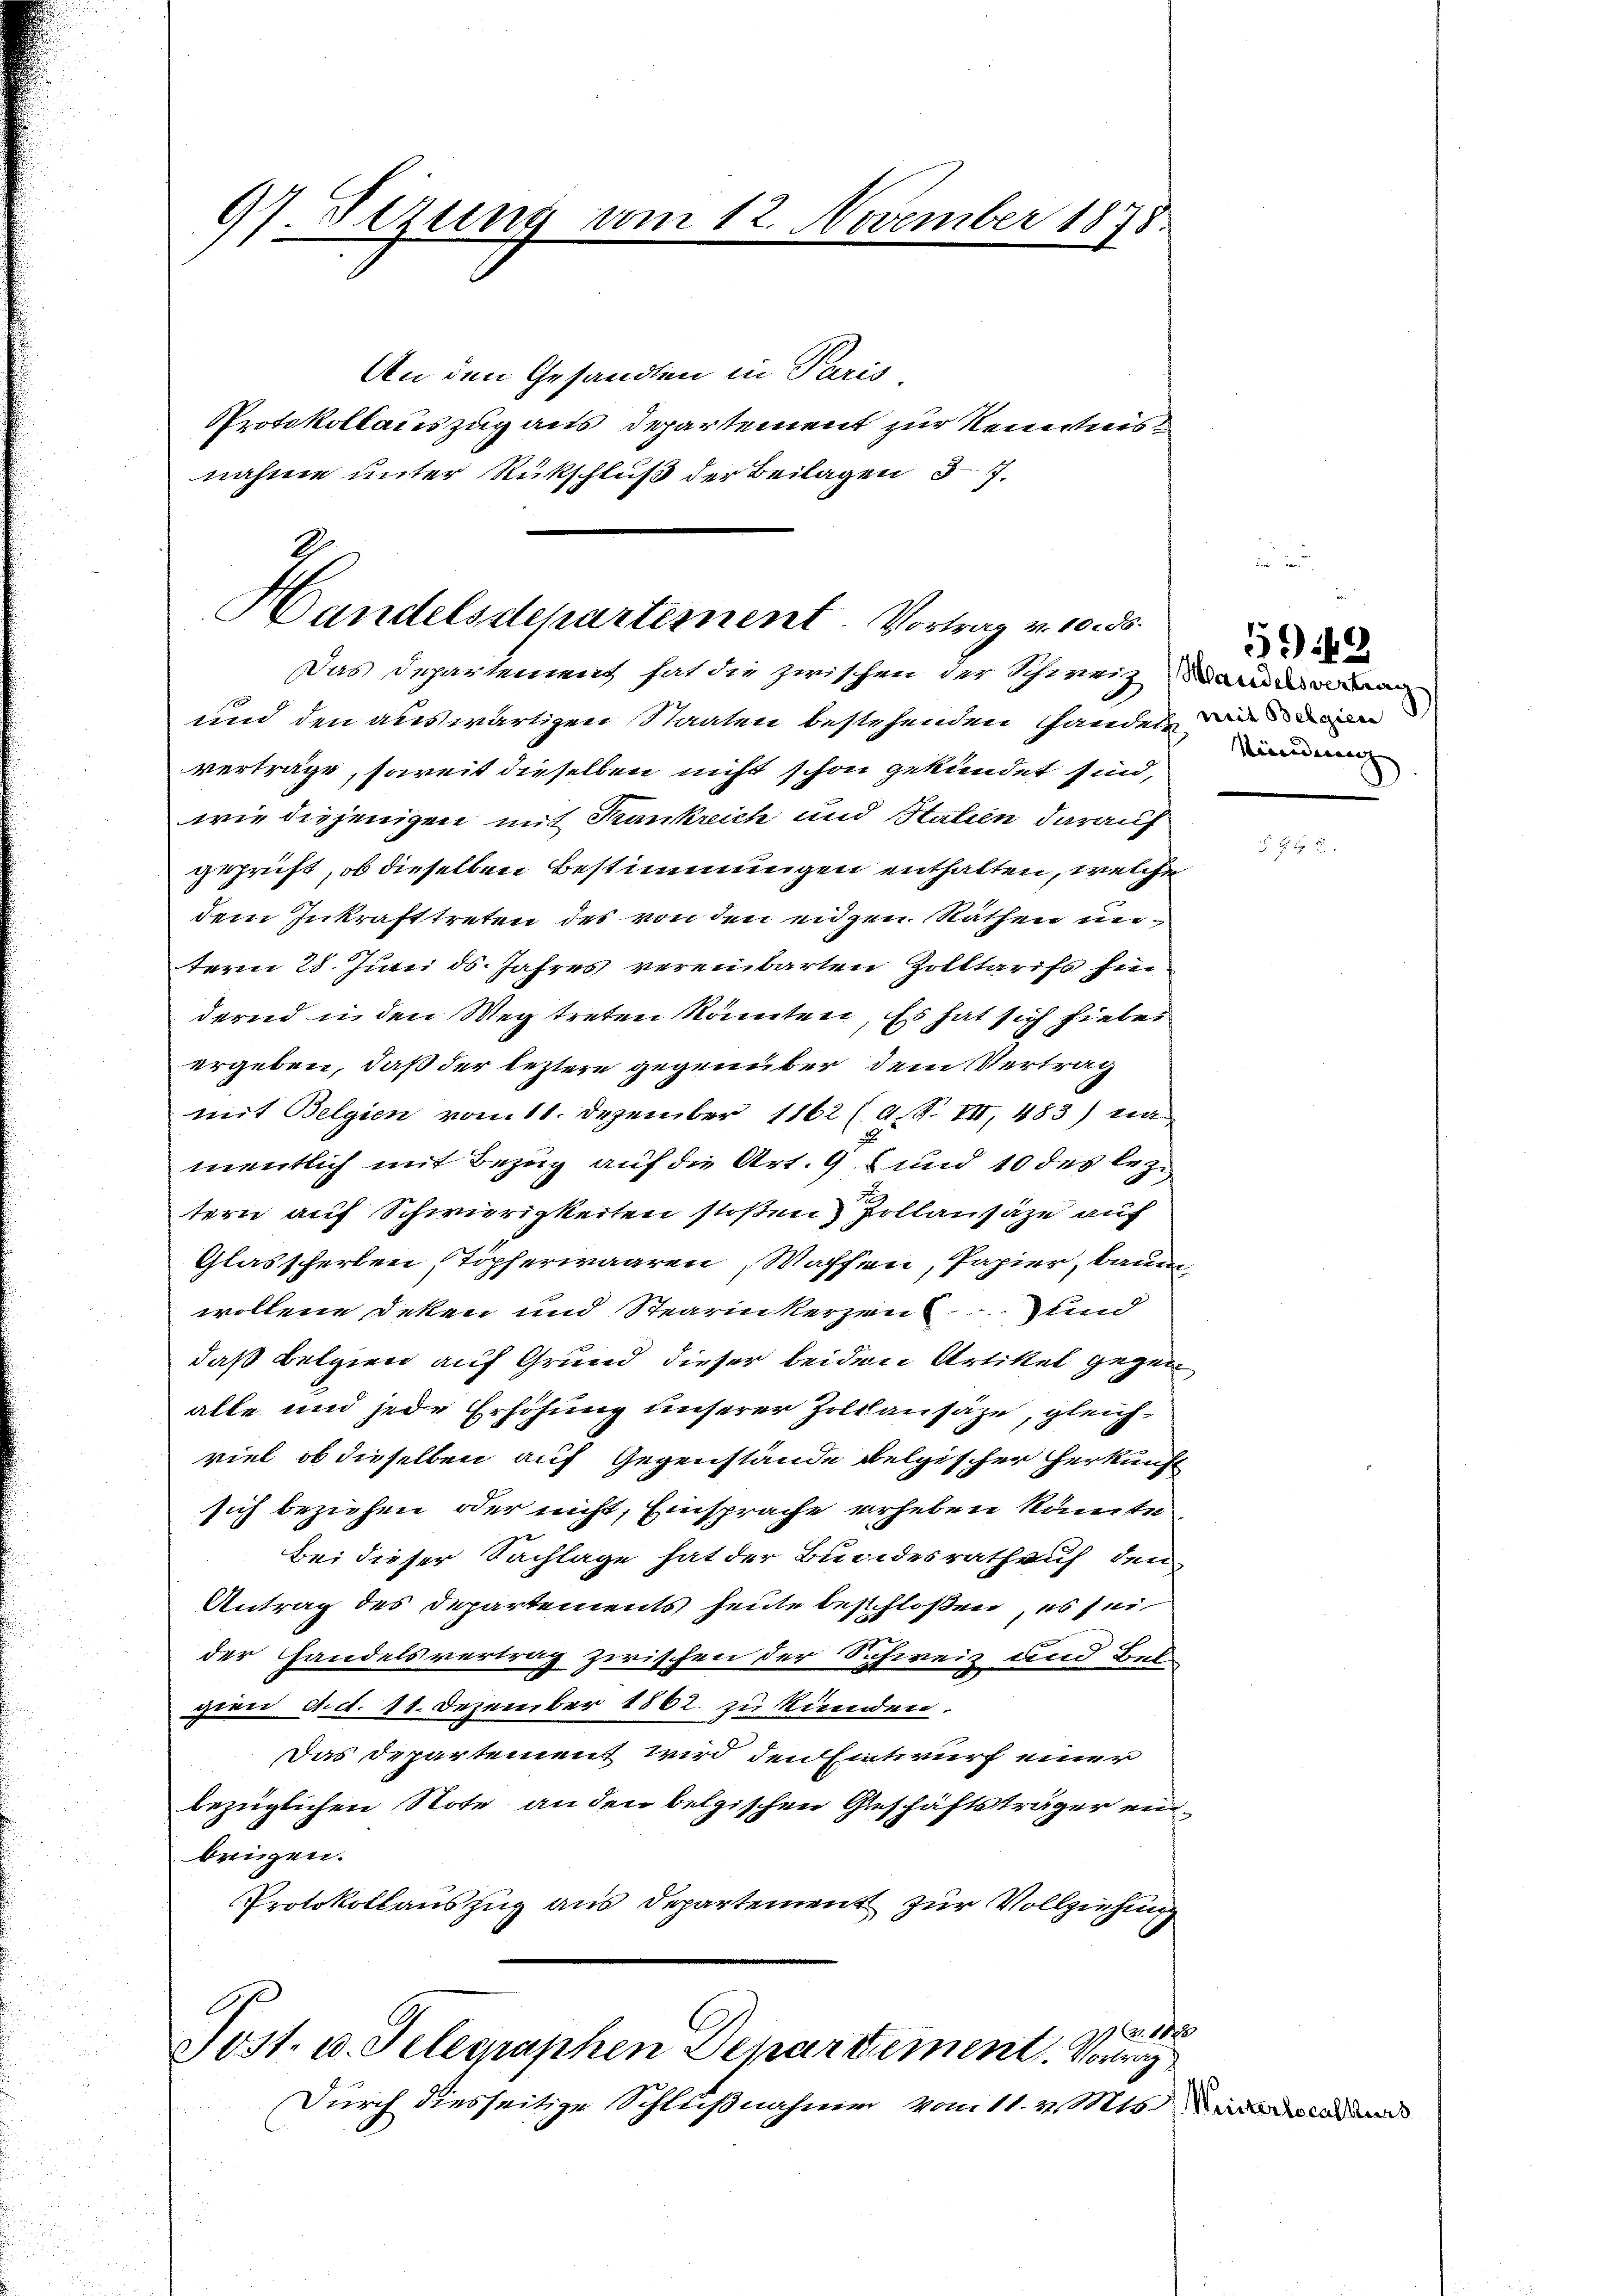
97. Sizung von
An den Gesandten in Paris

Protokollauszug aus Departement zur Renntnisnahme unter Rückschluß der Beilagen 37.

12. November 1878.

Handelsdepartement. Vortrag v. 10. ds.
Das Departement hat die zwischen der Schweiz) Wandeswun

und den auswärtigen Staaten bestehenden Handeln di
verträge, soweit dieselben nicht schon gekündet sind,
wie diejenigen mit Trankreich und Statin darauf
geprüft, ob dieselben Bestimmungen enthalten, welche
dem Inkrafttreten des von den eigen Räthen unteren 28. Juni ds. Jahres vereinbarten Zolltarifs hindernd in den Weg treten könnten, Es hat sich hiebei
ergeben, daß der letztere gegenüber dem Vertrag
mit Belgien vom 11. Dezember 1862 (9.S. III, 483) na
mentlich mit Bezug auf die Art. 98 und 10 des leztern auf Schwierigkeiten stoßen Zollansäze auf
Glasscherlen, Töpferwaaren, Waffen, Papier, bauen
wollene deken und Stearinkerzen und
daß belgien auf Grund dieser beiden Artikel gegen
alle und jede Erhöhung unserer Zollausäze, gleichviel ob dieselben auf Gegenstände belgischer Herkunft
sich beziehen oder nicht, Einsprache erheben könnte.
bei dieser Sachlage hat der Bundesrathens den
Antrag des Departements heute beschloßen, es sei
der Handelsvertrag zwischen der Schweiz und Bei
gien Act. 11. Dezember 1862. zu kunden.
Das Departement wird den Entwurf einer
bezüglichen Note an den belgischen Geschäftsträger eibrigen.
Protokollauszug aus Departement zur Vollziehung

Nr. 1880
Post. v. Telegraphen Departement. Vorre¬

Durch diesseitige Schlußnahmen vom 11. v. Mts. anden

59449
Sündung